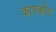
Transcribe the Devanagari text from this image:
कापकोट